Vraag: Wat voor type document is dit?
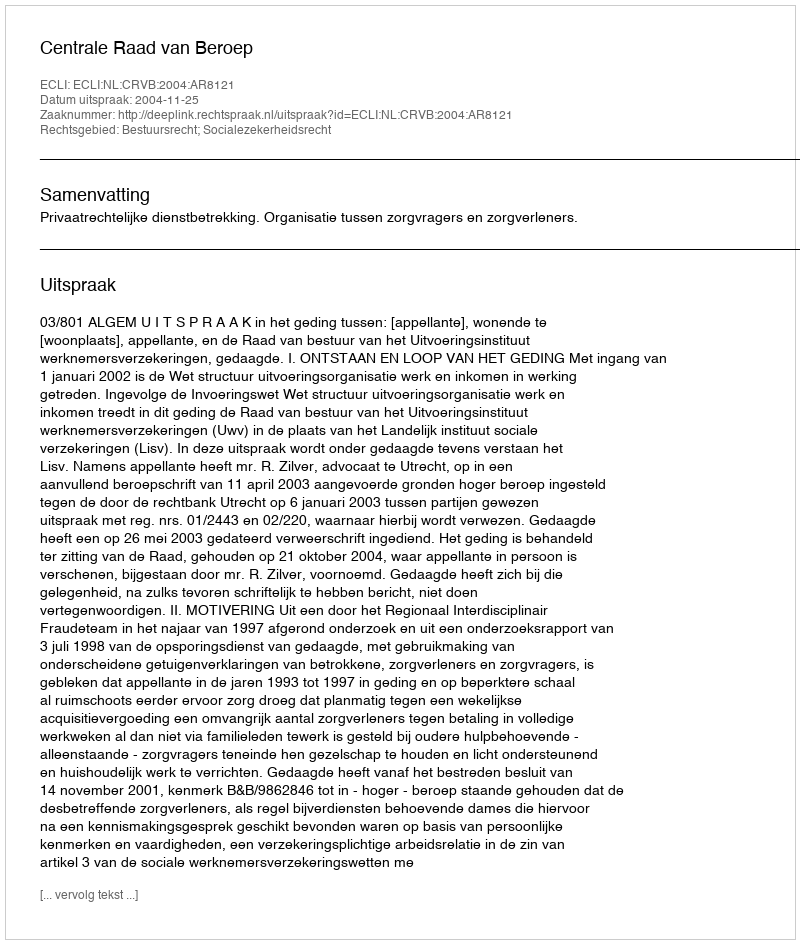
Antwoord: Uitspraak